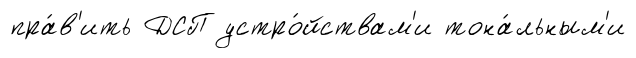
пра́в'ить ДСП устро́йствам'и тона́льным'и